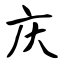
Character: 庆